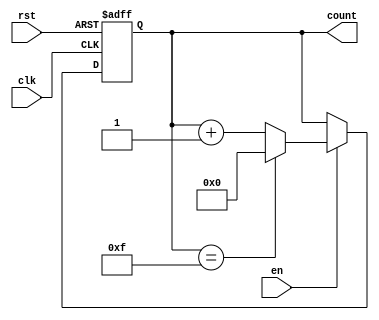
module MemoryBlocksUpCounter #(
    parameter WIDTH = 4 // Define the width of the counter (e.g., 4 bits)
)(
    input wire clk,      // Clock signal
    input wire rst,      // Asynchronous reset signal
    input wire en,       // Enable signal for counting
    output reg [WIDTH-1:0] count // Current count value
);

// Maximum count value based on the width
localparam MAX_COUNT = (1 << WIDTH) - 1; // 2^WIDTH - 1

// Always block triggered on the rising edge of the clock
always @(posedge clk or posedge rst) begin
    if (rst) begin
        // Reset the counter to zero
        count <= 0;
    end else if (en) begin
        // Increment the counter if enabled
        if (count == MAX_COUNT) begin
            count <= 0; // Wrap around to zero
        end else begin
            count <= count + 1; // Increment the counter
        end
    end
end

endmodule